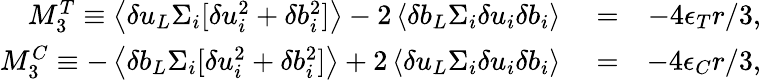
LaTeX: \begin{array}{rlr}{M_{3}^{T}\equiv\left<\delta u_{L}\Sigma_{i}[\delta u_{i}^{2}+\delta b_{i}^{2}]\right>-2\left<\delta b_{L}\Sigma_{i}\delta u_{i}\delta b_{i}\right>}&{{}=}&{-4\epsilon_{T}r/3,}\\ {M_{3}^{C}\equiv-\left<\delta b_{L}\Sigma_{i}[\delta u_{i}^{2}+\delta b_{i}^{2}]\right>+2\left<\delta u_{L}\Sigma_{i}\delta u_{i}\delta b_{i}\right>}&{{}=}&{-4\epsilon_{C}r/3,}\end{array}